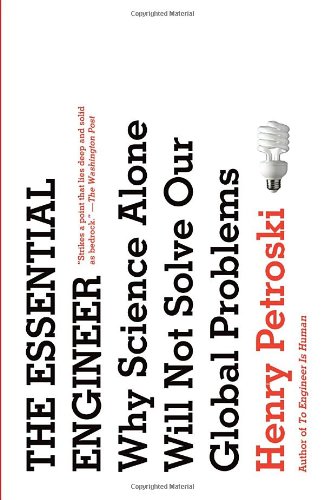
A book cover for The Essential Engineer: Why Science Alone Will Not Solve Our Global Problems; Henry Petroski; Science & Math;